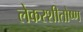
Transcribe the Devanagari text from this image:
लेकरशीतोष्ण